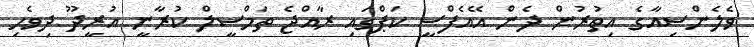
ވެލެންސިއާގެ އިތުރުން ދެން އޭއެފްސީ ކަޕްގައި ރާއްޖެ ތަމްސީލް ކުރާނީ އުރީދޫ ދިވެހި